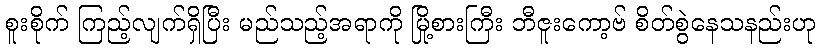
စူးစိုက် ကြည့်လျက်ရှိပြီး မည်သည့်အရာကို မြို့စားကြီး ဘီဇူးကော့ဗ် စိတ်စွဲနေသနည်းဟု